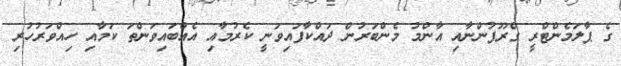
ގެ ޕާލަމެންޓްރީ ގްރޫޕުންނާއި އާންމު މެންބަރުން ދައްކާފައިވަނީ ކެރުމާއި އެއްބައިވަންތަ ކަމާއި ހިއްވަރުހުރި